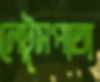
লেটুসপাতা